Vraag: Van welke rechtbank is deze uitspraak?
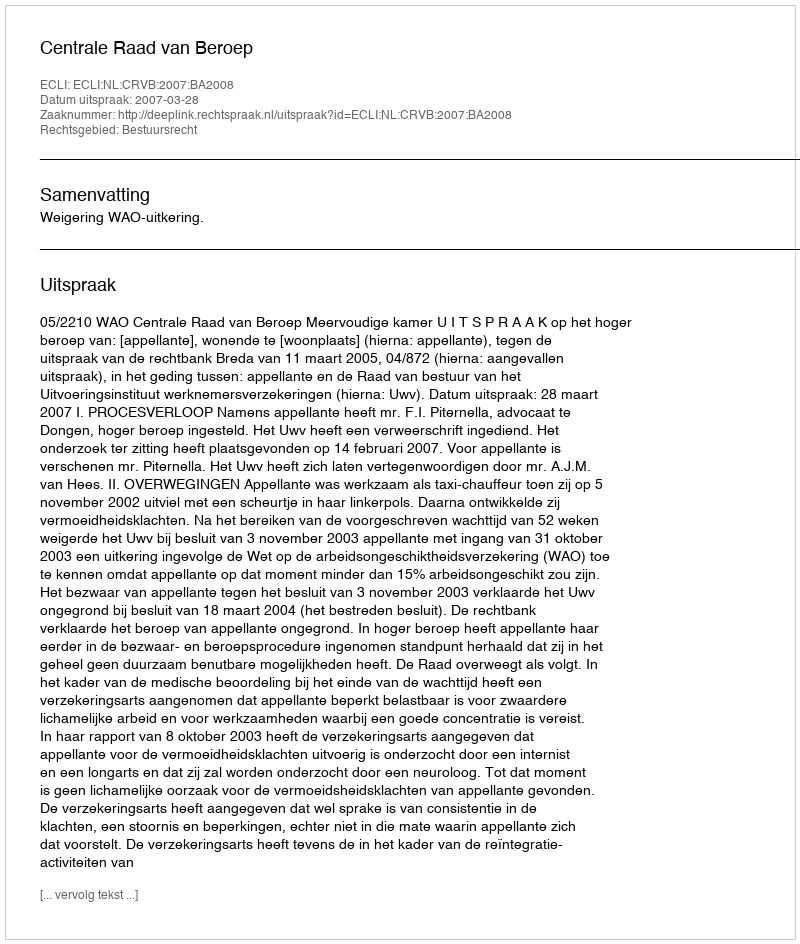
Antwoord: Centrale Raad van Beroep